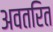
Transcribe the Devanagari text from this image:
अवतरित